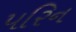
પરિન